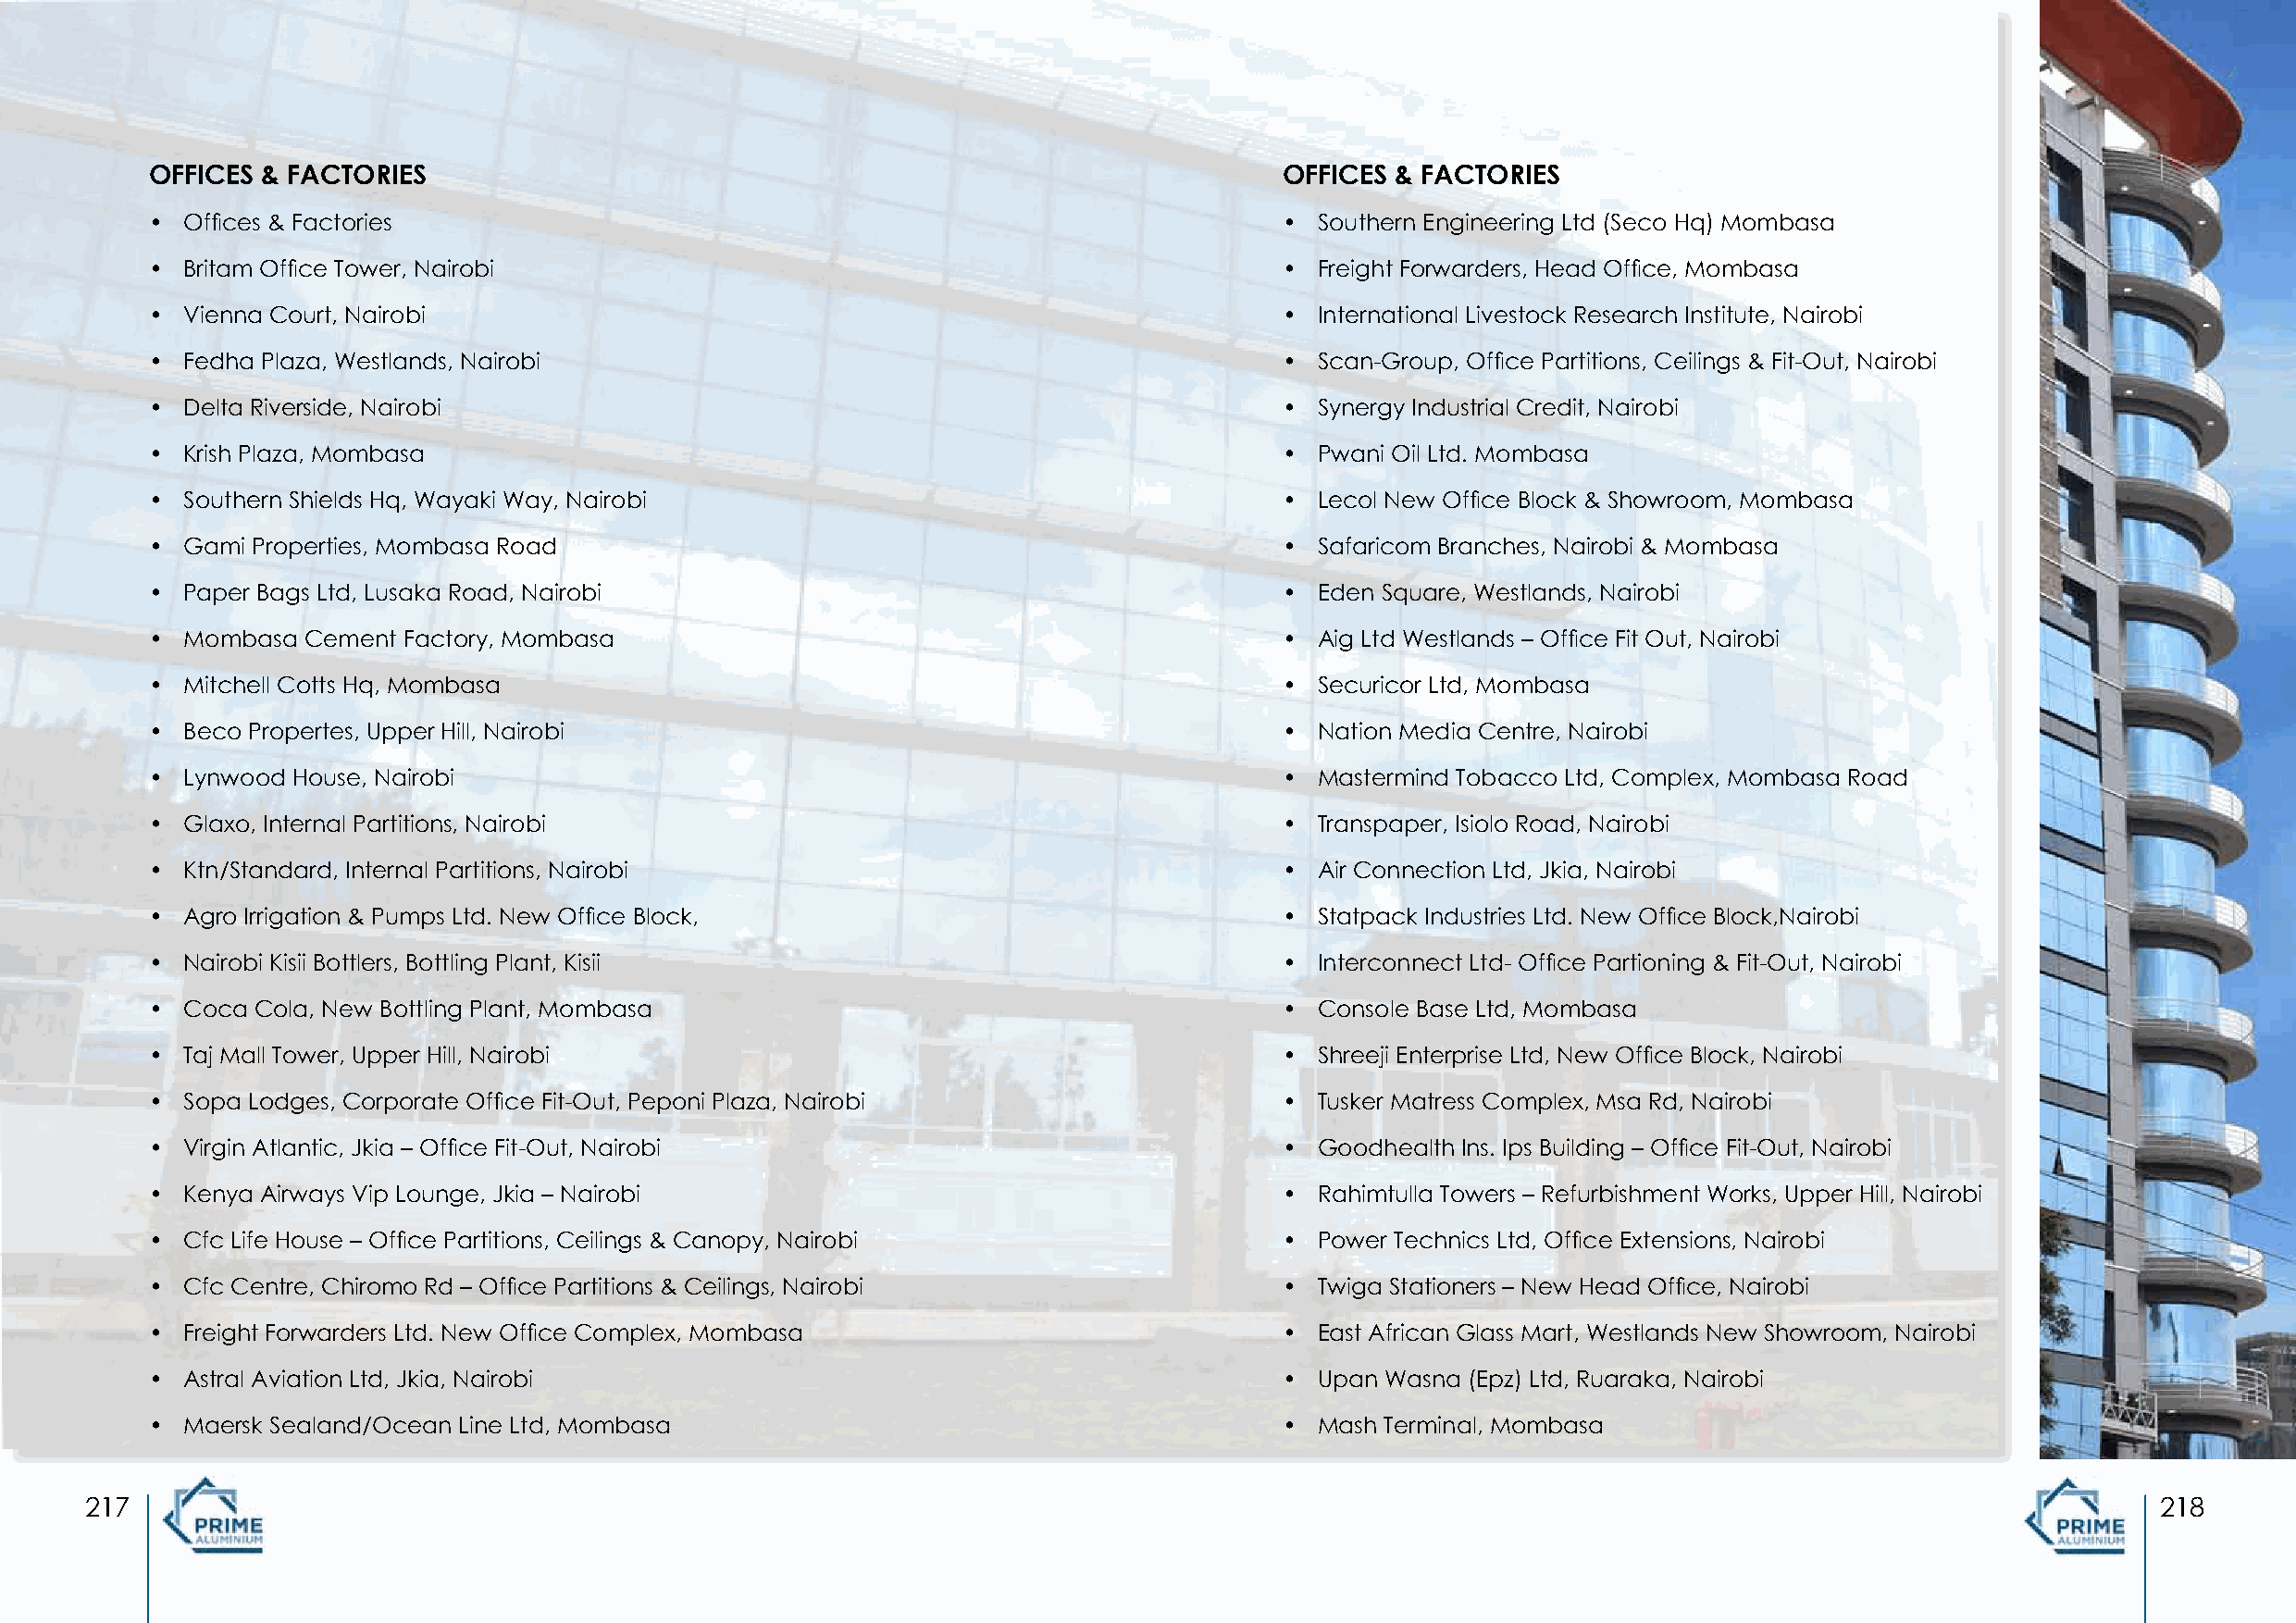
OFFICES & FACTORIES                                                              OFFICES & FACTORIES
 • Offices & Factories                                                            • Southern Engineering Ltd (Seco Hq) Mombasa
 • Britam Office Tower, Nairobi                                                   • Freight Forwarders, Head Office, Mombasa
 • Vienna Court, Nairobi                                                          • International Livestock Research Institute, Nairobi
 • Fedha Plaza, Westlands, Nairobi                                                • Scan-Group, Office Partitions, Ceilings & Fit-Out, Nairobi
 • Delta Riverside, Nairobi                                                       • Synergy Industrial Credit, Nairobi
 • Krish Plaza, Mombasa                                                           • Pwani Oil Ltd. Mombasa
 • Southern Shields Hq, Wayaki Way, Nairobi                                       • Lecol New Office Block & Showroom, Mombasa
 • Gami Properties, Mombasa Road                                                  • Safaricom Branches, Nairobi & Mombasa
 • Paper Bags Ltd, Lusaka Road, Nairobi                                           • Eden Square, Westlands, Nairobi
 • Mombasa  Cement Factory, Mombasa                                               • Aig Ltd Westlands – Office Fit Out, Nairobi
 • Mitchell Cotts Hq, Mombasa                                                     • Securicor Ltd, Mombasa
 • Beco Propertes, Upper Hill, Nairobi                                            • Nation Media Centre, Nairobi
 • Lynwood House, Nairobi                                                         • Mastermind Tobacco Ltd, Complex, Mombasa Road
 • Glaxo, Internal Partitions, Nairobi                                            • Transpaper, Isiolo Road, Nairobi
 • Ktn/Standard, Internal Partitions, Nairobi                                     • Air Connection Ltd, Jkia, Nairobi
 • Agro Irrigation & Pumps Ltd. New Office Block,                                 • Statpack Industries Ltd. New Office Block,Nairobi
 • Nairobi Kisii Bottlers, Bottling Plant, Kisii                                  • Interconnect Ltd- Office Partioning & Fit-Out, Nairobi
 • Coca Cola, New Bottling Plant, Mombasa                                         • Console Base Ltd, Mombasa
 • Taj Mall Tower, Upper Hill, Nairobi                                            • Shreeji Enterprise Ltd, New Office Block, Nairobi
 • Sopa Lodges, Corporate Office Fit-Out, Peponi Plaza, Nairobi                   • Tusker Matress Complex, Msa Rd, Nairobi
 • Virgin Atlantic, Jkia – Office Fit-Out, Nairobi                                • Goodhealth Ins. Ips Building – Office Fit-Out, Nairobi
 • Kenya Airways Vip Lounge, Jkia – Nairobi                                       • Rahimtulla Towers – Refurbishment Works, Upper Hill, Nairobi
 • Cfc Life House – Office Partitions, Ceilings & Canopy, Nairobi                 • Power Technics Ltd, Office Extensions, Nairobi
 • Cfc Centre, Chiromo Rd – Office Partitions & Ceilings, Nairobi                 • Twiga Stationers – New Head Office, Nairobi
 • Freight Forwarders Ltd. New Office Complex, Mombasa                            • East African Glass Mart, Westlands New Showroom, Nairobi
 • Astral Aviation Ltd, Jkia, Nairobi                                             • Upan Wasna (Epz) Ltd, Ruaraka, Nairobi
 • Maersk Sealand/Ocean Line Ltd, Mombasa                                         • Mash Terminal, Mombasa
 217                                                                                                                                                 218